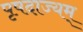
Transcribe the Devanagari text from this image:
पृषदाज्यम्